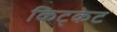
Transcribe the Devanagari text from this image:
किट्केट